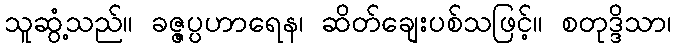
သူဆွံ့သည်။ ခဇ္ဇပ္ပဟာရေန၊ ဆိတ်ချေးပစ်သဖြင့်။ စတုဒ္ဒိသာ၊